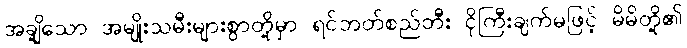
အချို့သော အမျိုးသမီးများစွာတို့မှာ ရင်ဘတ်စည်တီး ငိုကြီးချက်မဖြင့် မိမိတို့၏